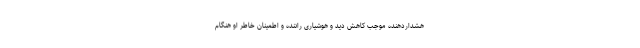
هشداردهنده موجب کاهش دید و هوشیاری راننده و اطمینان خاطر او هنگام